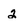
Character: 2